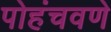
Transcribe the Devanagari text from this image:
पोहंचवणे